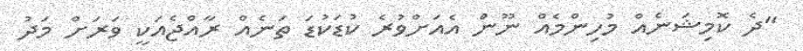
"ދެ ކޮމިޝަނެއް މުހިންމެއް ނޫން އެއަށްވުރެ ކުޑަކުޑަ ތަނެއް ރާއްޖެއަކީ ވަރަށް މަދު